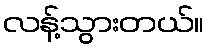
လန့်သွားတယ်။